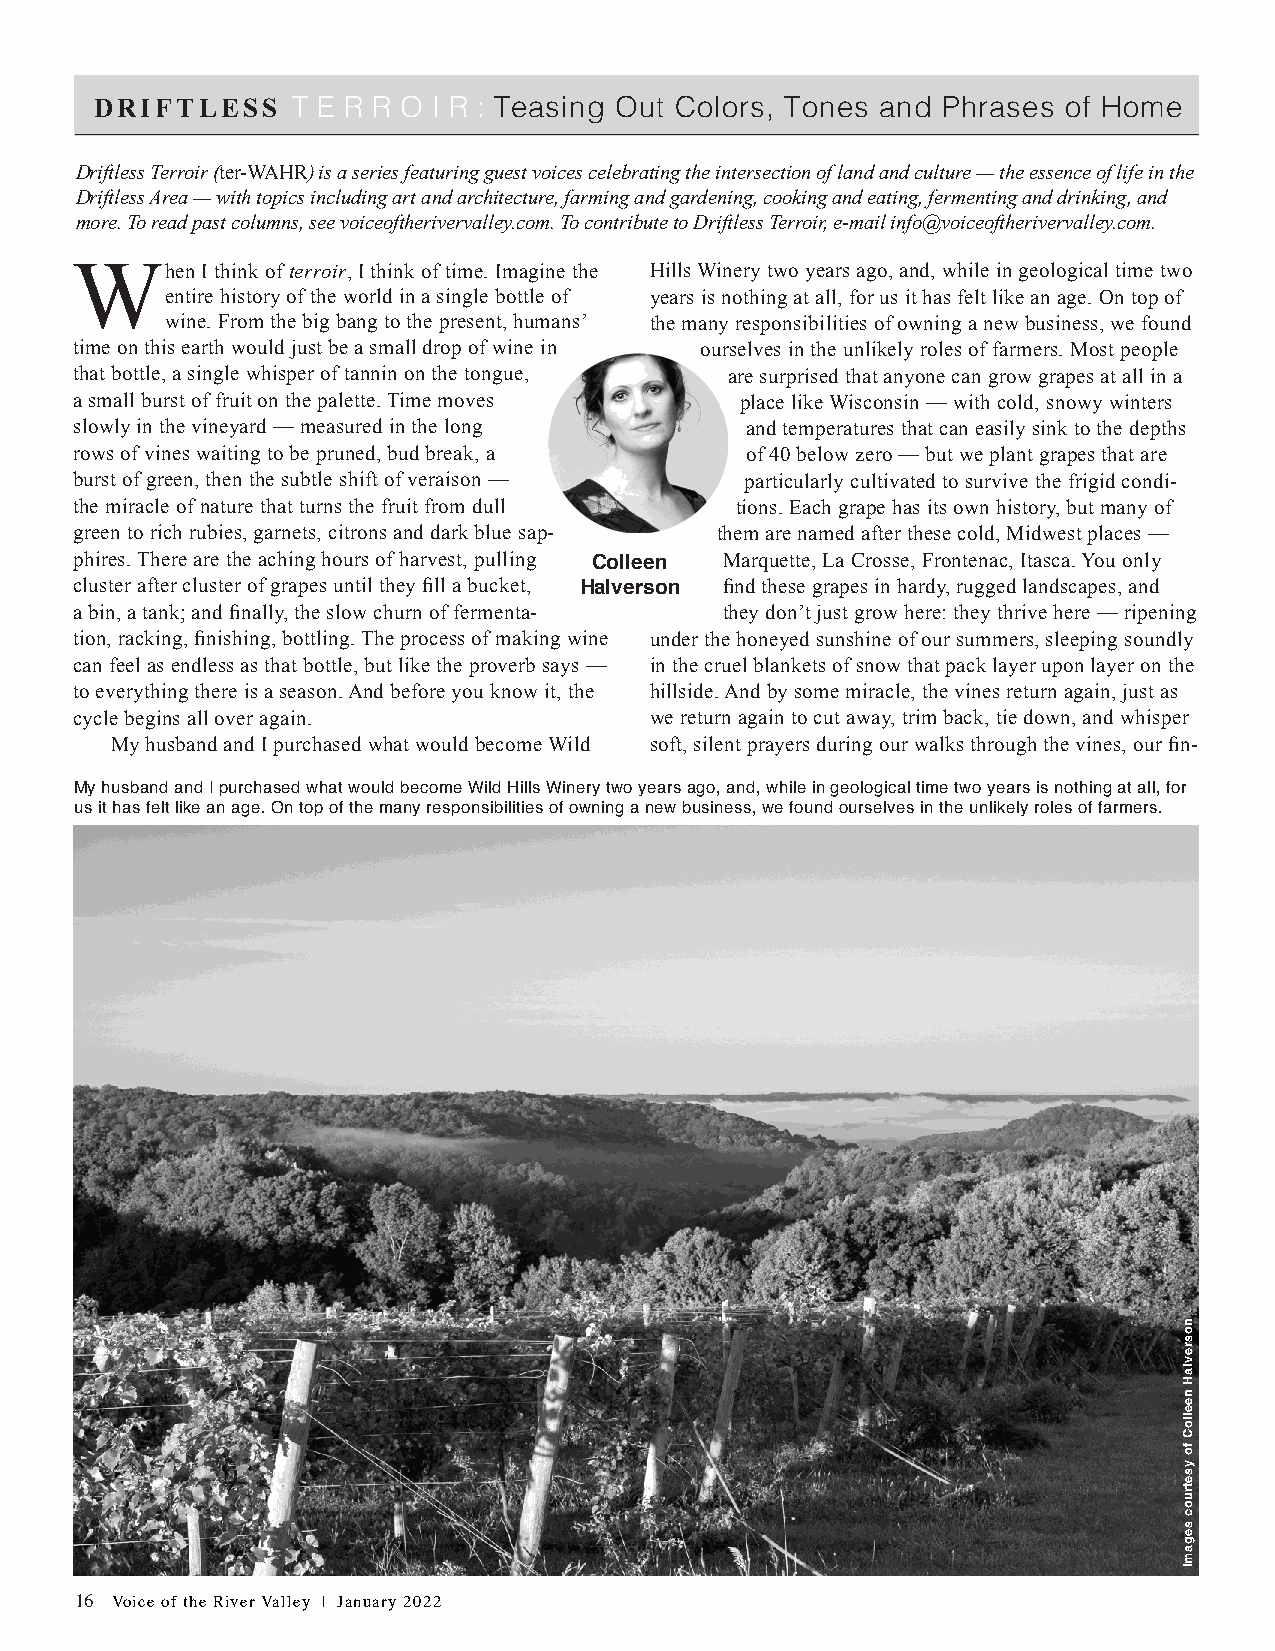
DRIFTLESS    T E R R O I R : Teasing Out Colors, Tones and Phrases of Home
 Driftless Terroir (ter-WAHR) is a series featuring guest voices celebrating the intersection of land and culture — the essence of life in the
 Driftless Area — with topics including art and architecture, farming and gardening, cooking and eating, fermenting and drinking, and
 more. To read past columns, see voiceoftherivervalley.com. To contribute to Driftless Terroir, e-mail info@voiceoftherivervalley.com.
 When    I think of terroir, I think of time. Imagine the Hills Winery two years ago, and, while in geological time two
 entire history of the world in a single bottle of years is nothing at all, for us it has felt like an age. On top of
 wine. From the big bang to the present, humans’ the many responsibilities of owning a new business, we found
 time on this earth would just be a small drop of wine in ourselves in the unlikely roles of farmers. Most people
 that bottle, a single whisper of tannin on the tongue, are surprised that anyone can grow grapes at all in a
 a small burst of fruit on the palette. Time moves place like Wisconsin — with cold, snowy winters
 slowly in the vineyard — measured in the long and temperatures that can easily sink to the depths
 rows of vines waiting to be pruned, bud break, a of 40 below zero — but we plant grapes that are
 burst of green, then the subtle shift of veraison — particularly cultivated to survive the frigid condi-
 the miracle of nature that turns the fruit from dull tions. Each grape has its own history, but many of
 green to rich rubies, garnets, citrons and dark blue sap- them are named after these cold, Midwest places —
 phires. There are the aching hours of harvest, pulling Marquette, La Crosse, Frontenac, Itasca. You only
 Colleen
 cluster after cluster of grapes until they fill a bucket, Halverson find these grapes in hardy, rugged landscapes, and
 a bin, a tank; and finally, the slow churn of fermenta- they don’t just grow here: they thrive here — ripening
 tion, racking, finishing, bottling. The process of making wine under the honeyed sunshine of our summers, sleeping soundly
 can feel as endless as that bottle, but like the proverb says — in the cruel blankets of snow that pack layer upon layer on the
 to everything there is a season. And before you know it, the hillside. And by some miracle, the vines return again, just as
 cycle begins all over again.          we return again to cut away, trim back, tie down, and whisper
 My husband and I purchased what would become Wild soft, silent prayers during our walks through the vines, our fin-
 My husband and I purchased what would become Wild Hills Winery two years ago, and, while in geological time two years is nothing at all, for
 us it has felt like an age. On top of the many responsibilities of owning a new business, we found ourselves in the unlikely roles of farmers.
 16 Voice of the River Valley | January 2022
 nosrevlaH
 neelloC
 fo
 ysetruoc
 segamI